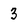
Character: 3